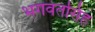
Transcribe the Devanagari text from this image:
भगवंतसिंह